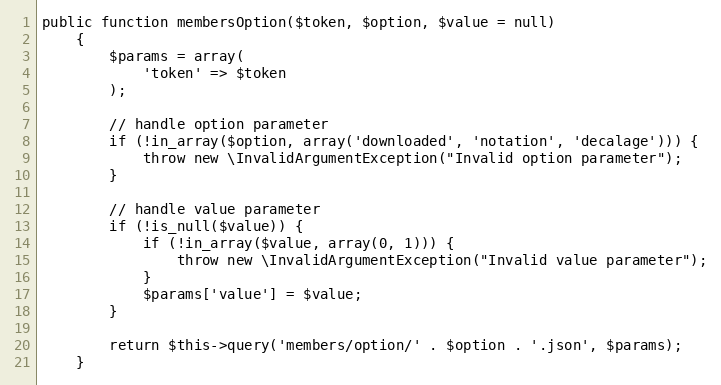
Language: PHP
public function membersOption($token, $option, $value = null)
    {
        $params = array(
            'token' => $token
        );

        // handle option parameter
        if (!in_array($option, array('downloaded', 'notation', 'decalage'))) {
            throw new \InvalidArgumentException("Invalid option parameter");
        }

        // handle value parameter
        if (!is_null($value)) {
            if (!in_array($value, array(0, 1))) {
                throw new \InvalidArgumentException("Invalid value parameter");
            }
            $params['value'] = $value;
        }

        return $this->query('members/option/' . $option . '.json', $params);
    }